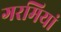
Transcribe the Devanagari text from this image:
गरमियां